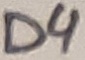
Text: D4